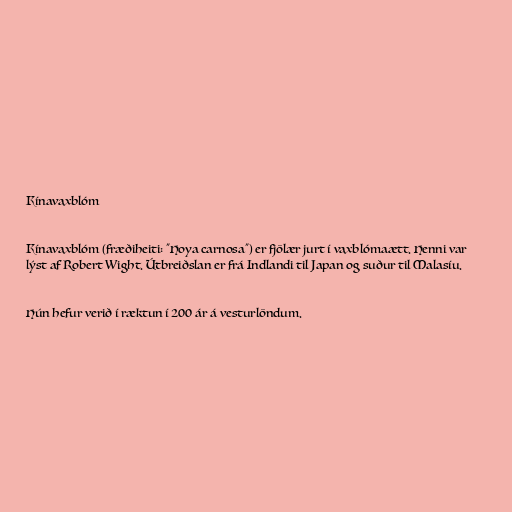
Kínavaxblóm

Kínavaxblóm (fræðiheiti: "Hoya carnosa") er fjölær jurt í vaxblómaætt. Henni var
lýst af Robert Wight. Útbreiðslan er frá Indlandi til Japan og suður til Malasíu.

Hún hefur verið í ræktun í 200 ár á vesturlöndum.